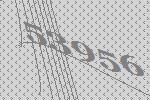
53956